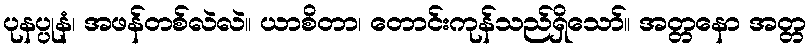
ပုနပ္ပုနံ၊ အဖန်တစ်လဲလဲ။ ယာစိတာ၊ တောင်းကုန်သည်ရှိသော်။ အတ္တနော အတ္တ